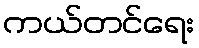
ကယ်တင်ရေး